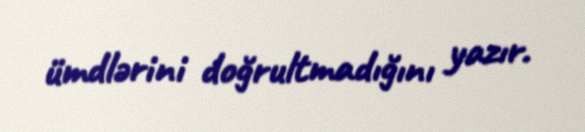
ümdlərini doğrultmadığını yazır.